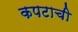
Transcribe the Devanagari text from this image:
कपटाची